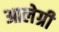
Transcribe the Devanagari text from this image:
आलेग्री